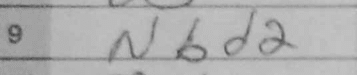
Transcription: Nbd2